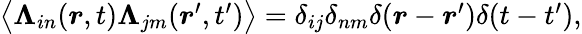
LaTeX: \begin{array}{r}{\big\langle{\boldsymbol{\Lambda}}_{in}(\boldsymbol{r},t){\boldsymbol{\Lambda}}_{jm}(\boldsymbol{r}^{\prime},t^{\prime})\big\rangle=\delta_{ij}\delta_{nm}\delta(\boldsymbol{r}-\boldsymbol{r}^{\prime})\delta(t-t^{\prime}),}\end{array}